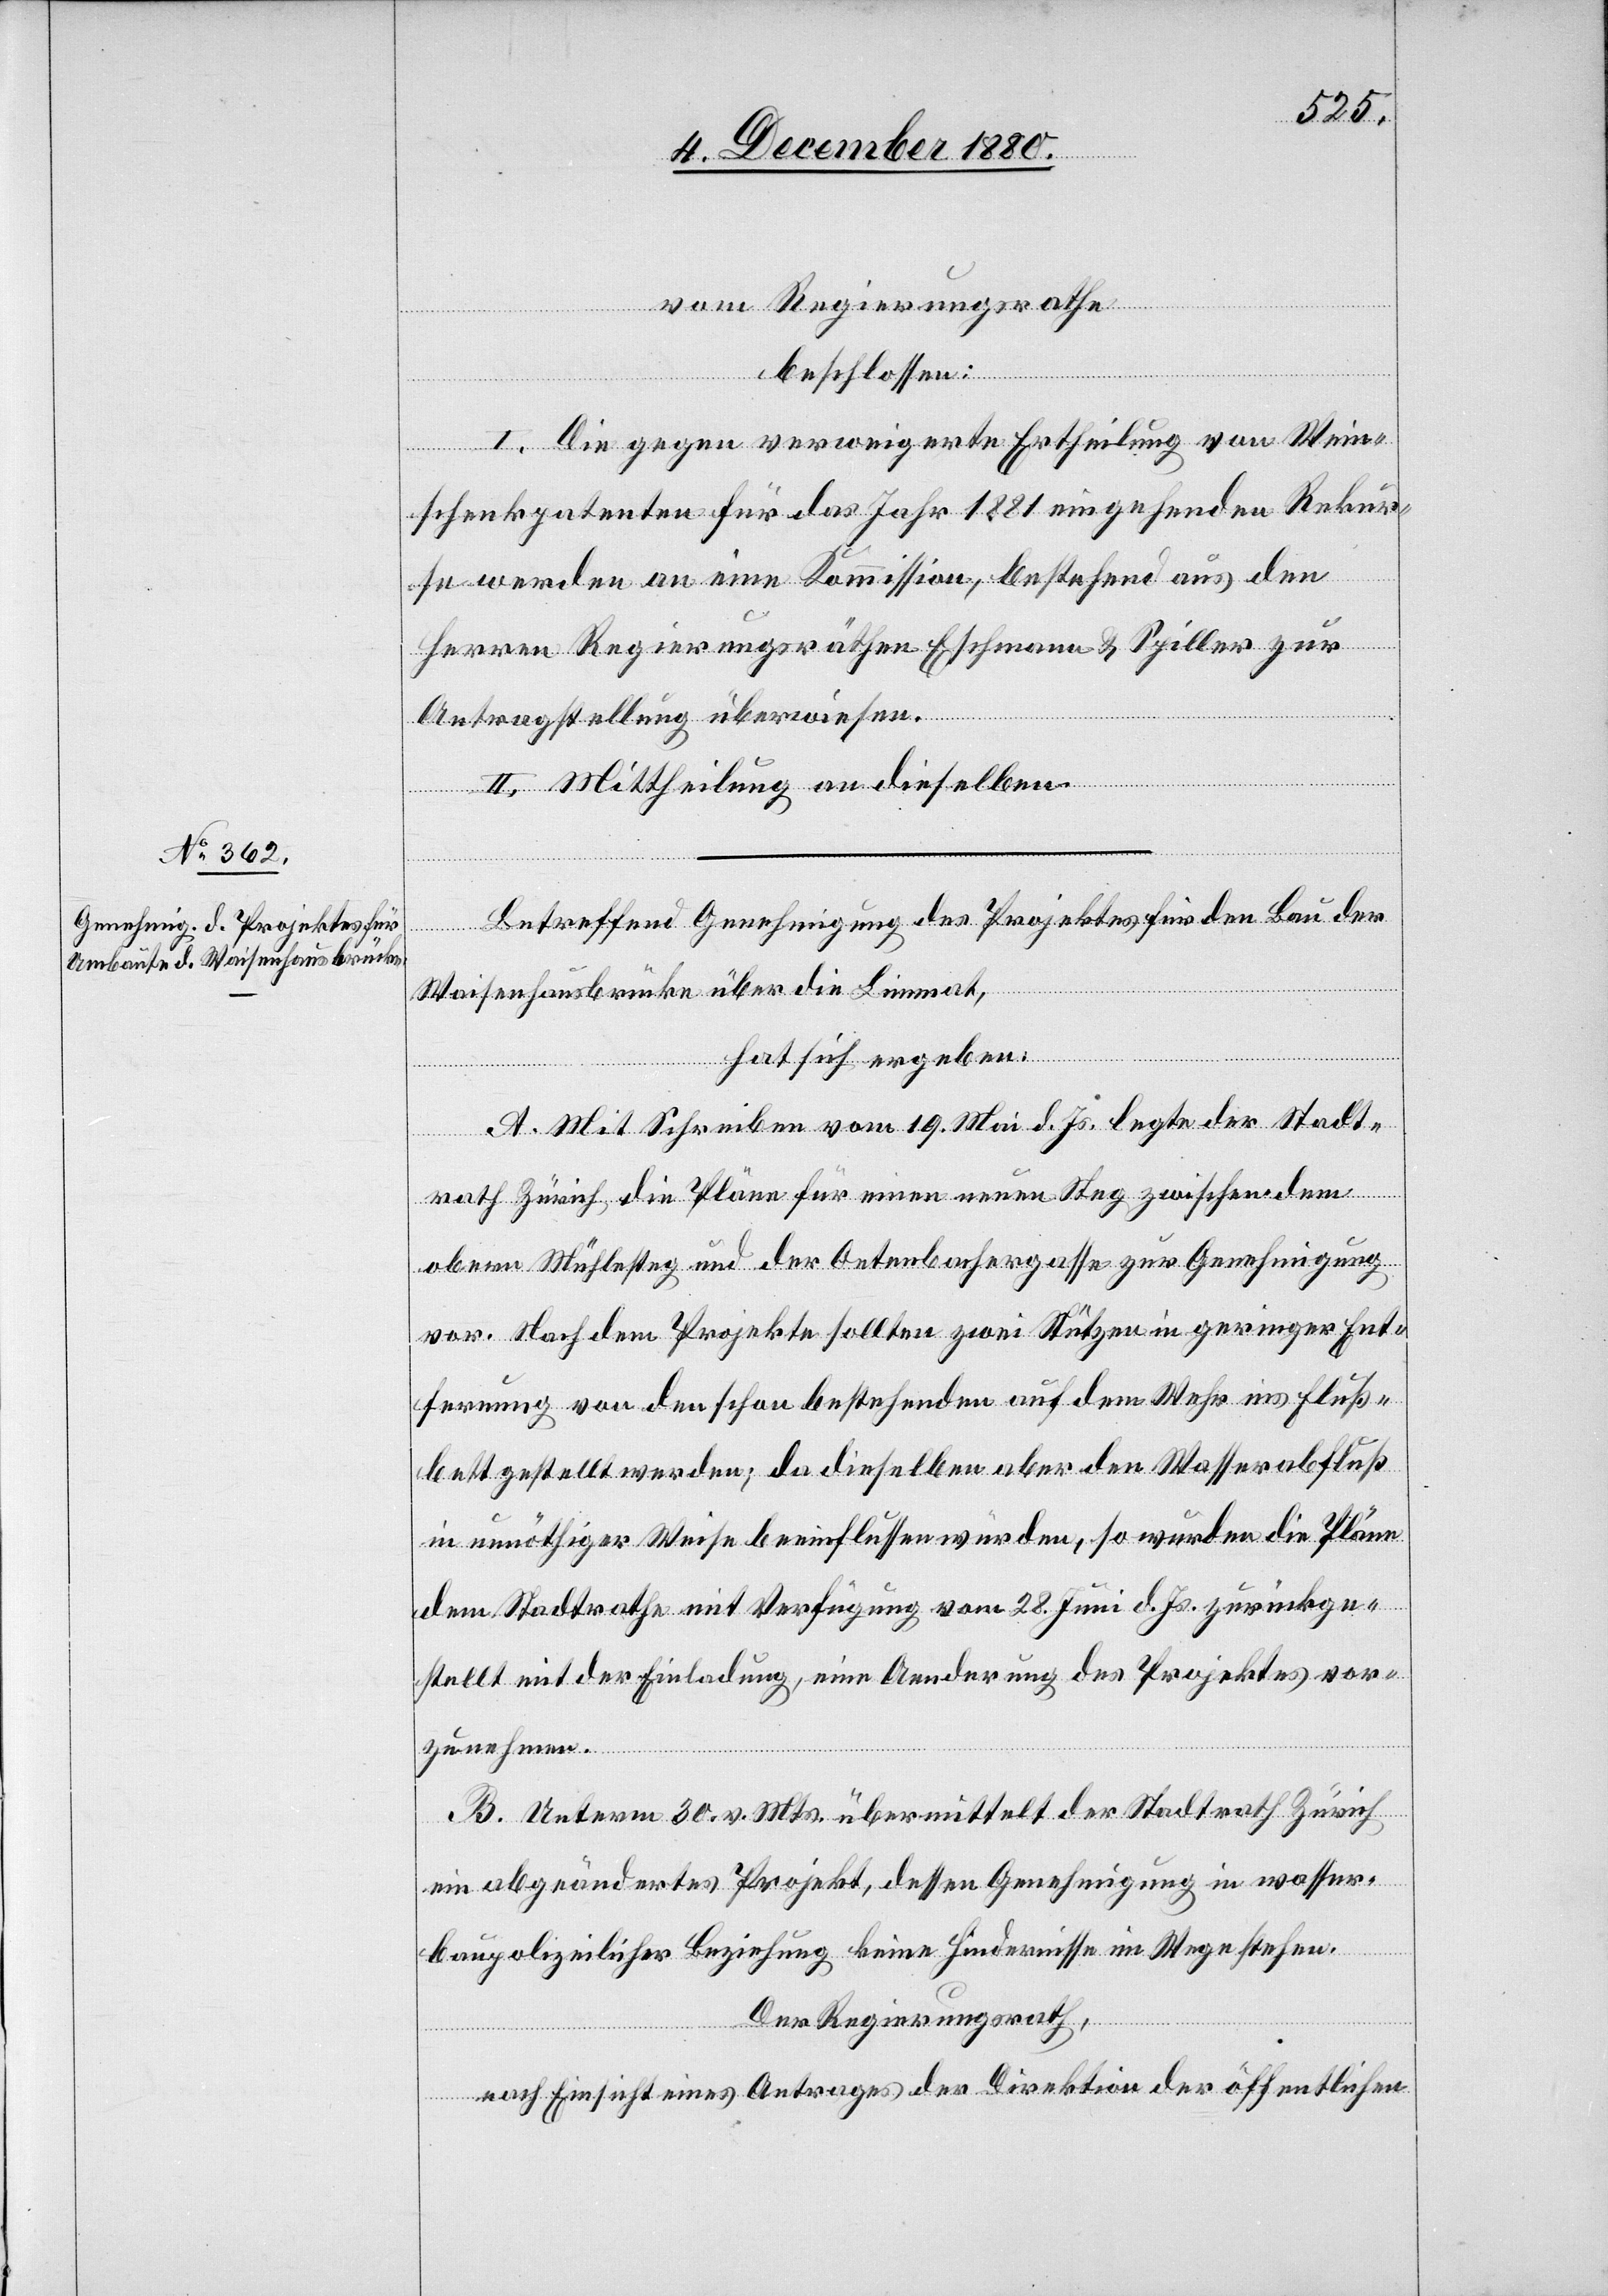
vom Regierungsrathe
beschlossen:
I. Die gegen verweigerte Ertheilung von Wein¬
schenkpatenten für das Jahr 1881 eingehenden Rekur¬
se werden an eine Kommission, bestehend aus den
Herren Regierungsräthen Eschmann & Spiller zur
Antragstellung überwiesen.
II. Mittheilung an dieselben.
Betreffend Genehmigung des Projektes für den Bau der
Waisenhausbrücke über die Limmat,
hat sich ergeben:
A. Mit Schreiben vom 19. Mai d. Js. legte der Stadt¬
rath Zürich die Pläne für einen neuen Steg zwischen dem
obern Mühlesteg und der Oetenbachgasse zur Genehmigung
vor. Nach dem Projekte sollten zwei Stützen in geringer Ent¬
fernung von den schon bestehenden auf dem Wehr ins Fluß¬
bett gestellt werden; da dieselben aber den Wasserabfluß
in unnöthiger Weise beeinflussen würden, so wurden die Pläne
dem Stadtrathe mit Verfügung vom 28. Juni d. Js. zurückge¬
stellt mit der Einladung, eine Aenderung des Projektes vor¬
zunehmen.
B. Unterm 30. v. Mts. übermittelt der Stadtrath Zürich
ein abgeändertes Projekt, dessen Genehmigung in wasser¬
baupolizeilicher Beziehung keine Hindernisse im Wege stehen.
Der Regierungsrath,
nach Einsicht eines Antrages der Direktion der öffentlichen